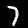
Label: 7